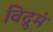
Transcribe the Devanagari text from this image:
विद्रुमं